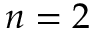
n = 2